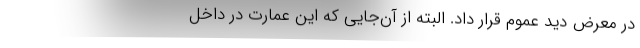
در معرض دید عموم قرار داد. البته از آن‌جایی که این عمارت در داخل